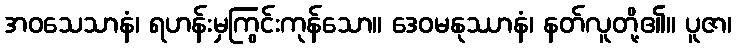
အဝသေသာနံ၊ ရဟန်းမှကြွင်းကုန်သော။ ဒေဝမနုဿာနံ၊ နတ်လူတို့၏။ ပူဇာ၊